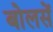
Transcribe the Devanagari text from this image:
बोलसें